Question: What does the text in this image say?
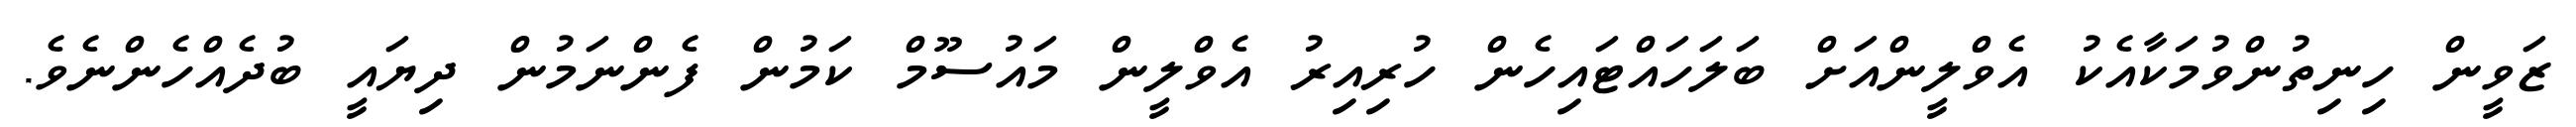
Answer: ޒަވީން ހިނިތުންވުމަކާއެކު އެވްލީންއަށް ބަލަހައްޓައިހެން ހުރިއިރު އެވްލީން މައުސޫމް ކަމުން ފެންނަމުން ދިޔައީ ބުދެއްހެންނެވެ.